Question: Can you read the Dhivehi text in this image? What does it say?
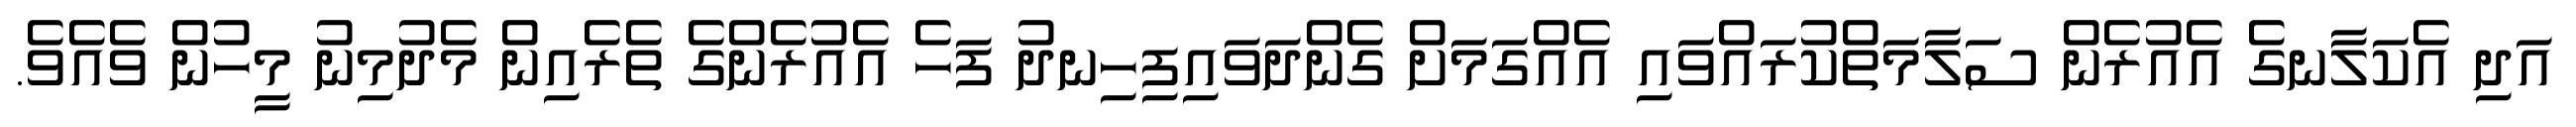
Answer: އަދި އެކަލާނގެ އެއުރެން ސަލާމަތްކުރައްވައި އެއްގަމަށް ގެންދަވައިފިހިނދު ފަހެ އެއުރެންގެ ތެރެއިން މެދުމިނު މީހުން ވެއެވެ.